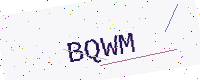
Text: BQWM